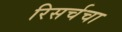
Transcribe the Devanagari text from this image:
रिसर्चचा